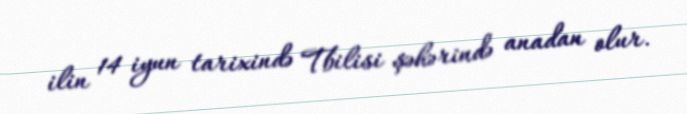
ilin 14 iyun tarixində Tbilisi şəhərində anadan olur.